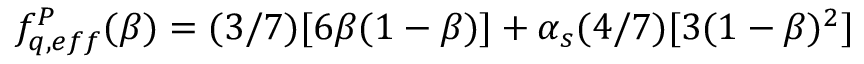
f _ { q , e f f } ^ { { \cal { P } } } ( \beta ) = ( 3 / 7 ) [ 6 \beta ( 1 - \beta ) ] + \alpha _ { s } ( 4 / 7 ) [ 3 ( 1 - \beta ) ^ { 2 } ]